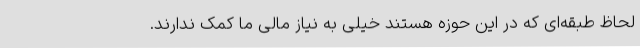
لحاظ طبقه‌ای که در این حوزه هستند خیلی به نیاز مالی ما کمک ندارند.